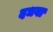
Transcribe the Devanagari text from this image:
दधवा